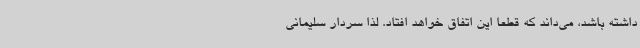
داشته باشد، می‌داند که قطعاً این اتفاق خواهد افتاد. لذا سردار سلیمانی